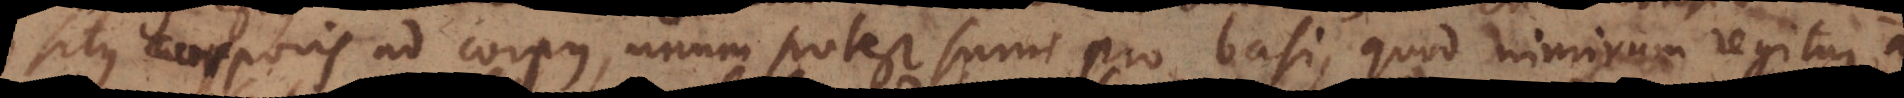
poris ad corpus, unum potest sumi pro basi, quod nimirum regitur a